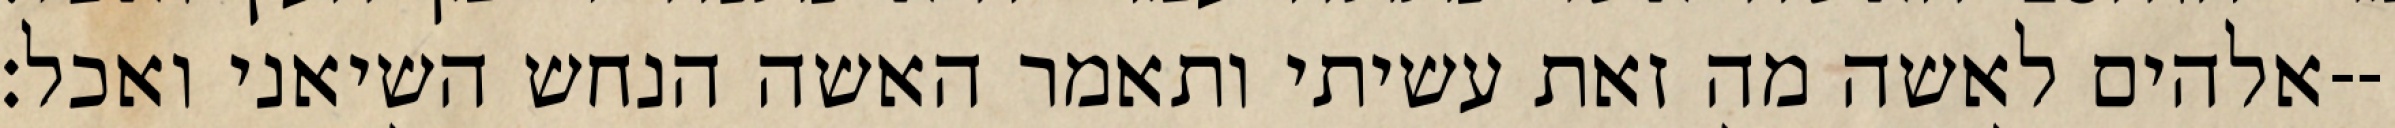
אלהים לאשה מה זאת עשיתי ותאמר האשה הנחש השיאני ואכל׃--